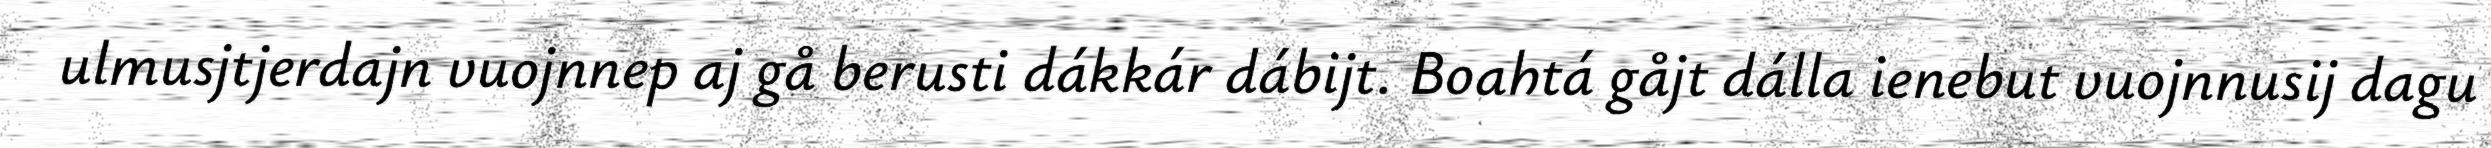
ulmusjtjerdajn vuojnnep aj gå berusti dákkár dábijt. Boahtá gåjt dálla ienebut vuojnnusij dagu